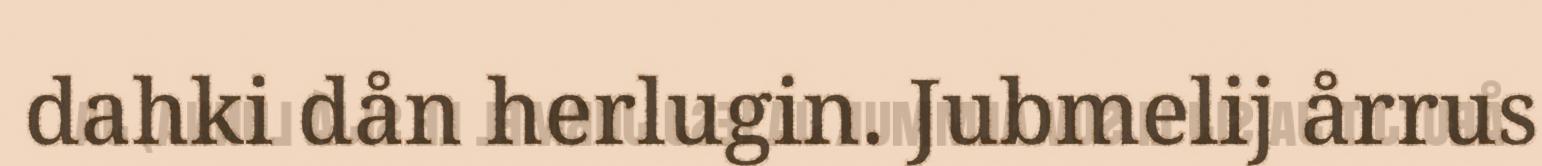
dahki dån herlugin. Jubmelij årrus